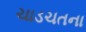
ચાડચતના